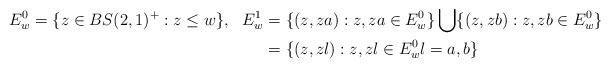
\begin{align*}E_w^0 &= \{ z \in BS(2,1)^+ : z \le w\},&E_w^1 &= \{(z, z a): z, za \in E_w^0\} \bigcup \{(z, z b): z, zb \in E_w^0\} \\&&&= \{(z, z l): z, z l \in E_w^0 l = a,b\} \end{align*}